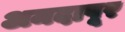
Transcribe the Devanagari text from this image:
अमदापूर